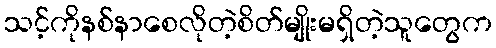
သင့်ကိုနစ်နာစေလိုတဲ့စိတ်မျိုးမရှိတဲ့သူတွေက